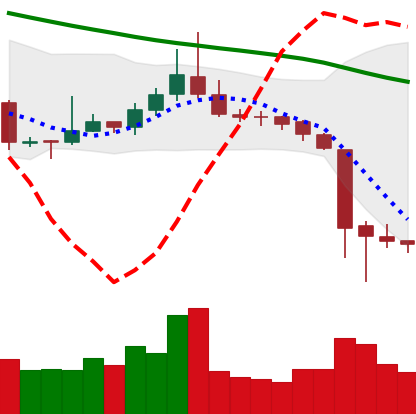
Ticker: TRX-USD
Chart end date: 2018-11-17
Forward return: -26.227%
Label: down_7plus